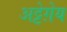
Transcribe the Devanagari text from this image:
अट्टेग़ेय